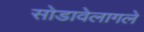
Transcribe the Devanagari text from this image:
सोडावेलागले